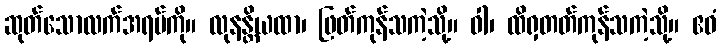
ဆုတ်သောလက်အရပ်ကို။ လုနန္တိယထာ၊ ဖြတ်ကုန်သကဲ့သို့။ ဝါ၊ ထိရှတတ်ကုန်သကဲ့သို့။ ဧဝံ